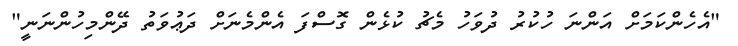
"އެހެންކަމަށް އަންނަ ހުކުރު ދުވަހު މެޗު ކުޅެން ގޮސްފަ އެންމެނަށް ދަޢުވަތު ދޭންމިހުންނަނީ"